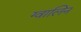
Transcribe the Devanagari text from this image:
ग्वालिन